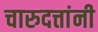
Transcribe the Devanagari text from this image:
चारुदत्तांनी